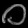
Digit: ၀